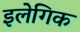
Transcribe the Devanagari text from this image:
इलेगिक